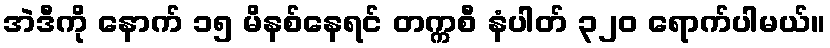
အဲဒီကို နောက် ၁၅ မိနစ်နေရင် တက္ကစီ နံပါတ် ၃၂၀ ရောက်ပါမယ်။